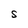
Character: S